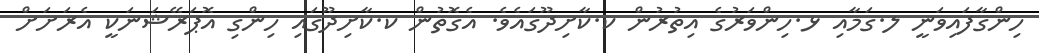
ހިންގާފައިވަނީ ލ.ގަމާއި ޅ.ހިންވަރުގެ އިތުރުން ކ.ކާށިދޫގައެވެ. އެގޮތުން ކ.ކާށިދޫގައި ހިންގި އޮޕަރޭޝަނަކީ އެރަށަށް